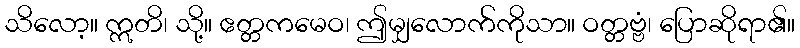
သိလော့။ ဣတိ၊ သို့။ ဧတ္တကမေဝ၊ ဤမျှလောက်ကိုသာ။ ဝတ္တဗ္ဗံ၊ ပြောဆိုရာ၏။